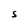
Character: S